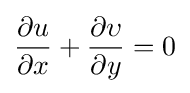
{\partial u \over \partial x}+{\partial \upsilon  \over \partial y}=0